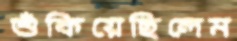
শুঁকিয়েছিলেম